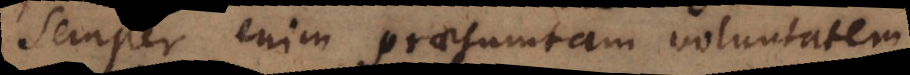
Semper enim praesumtam Voluntatem